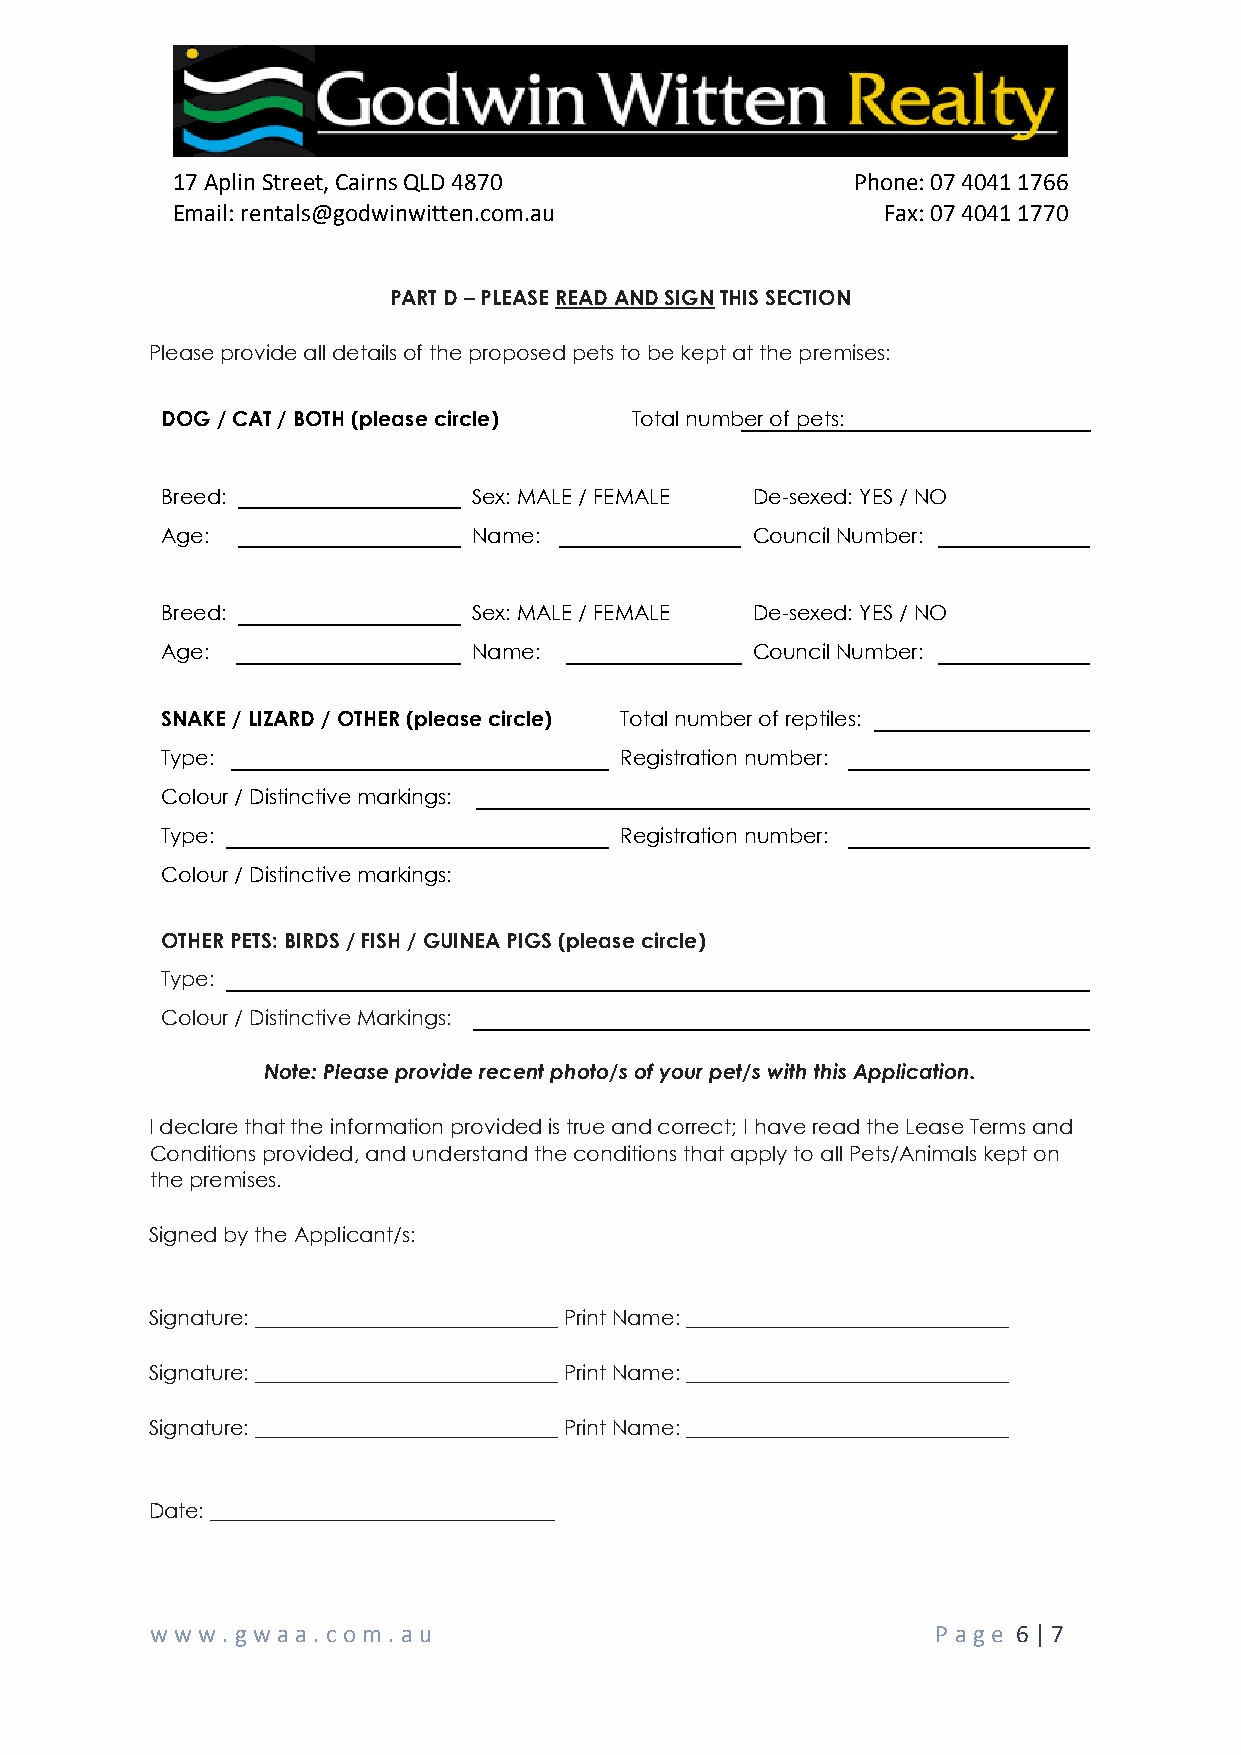
17 Aplin Street, Cairns QLD 4870              Phone: 07 4041 1766
 Email: rentals@godwinwitten.com.au              Fax: 07 4041 1770
 PART D – PLEASE READ AND SIGN THIS SECTION
 Please provide all details of the proposed pets to be kept at the premises:
 DOG / CAT / BOTH (please circle) Total number of pets:
 Breed:              Sex: MALE / FEMALE De-sexed: YES / NO
 Age:                Name:              Council Number:
 Breed:              Sex: MALE / FEMALE De-sexed: YES / NO
 Age:                Name:              Council Number:
 SNAKE / LIZARD / OTHER (please circle) Total number of reptiles:
 Type:                         Registration number:
 Colour / Distinctive markings:
 Type:                         Registration number:
 Colour / Distinctive markings:
 OTHER PETS: BIRDS / FISH / GUINEA PIGS (please circle)
 Type:
 Colour / Distinctive Markings:
 Note: Please provide recent photo/s of your pet/s with this Application.
 I declare that the information provided is true and correct; I have read the Lease Terms and
 Conditions provided, and understand the conditions that apply to all Pets/Animals kept on
 the premises.
 Signed by the Applicant/s:
 Signature: _____________________________ Print Name: _______________________________
 Signature: _____________________________ Print Name: _______________________________
 Signature: _____________________________ Print Name: _______________________________
 Date: _________________________________
 www  .gwa a. co m . au                              P age 6 | 7